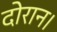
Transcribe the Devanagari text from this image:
दोरान।